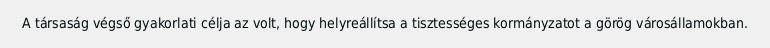
A társaság végső gyakorlati célja az volt, hogy helyreállítsa a tisztességes kormányzatot a görög városállamokban.